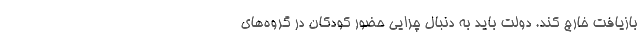
بازیافت خارج کند. دولت باید به دنبال چرایی حضور کودکان در گروه‌های